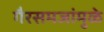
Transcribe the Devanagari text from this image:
गैरसमजांमुळे